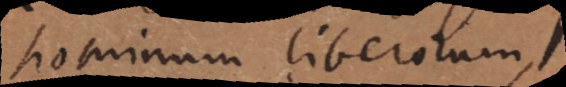
hominum liberorum,